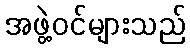
အဖွဲ့ဝင်များသည်